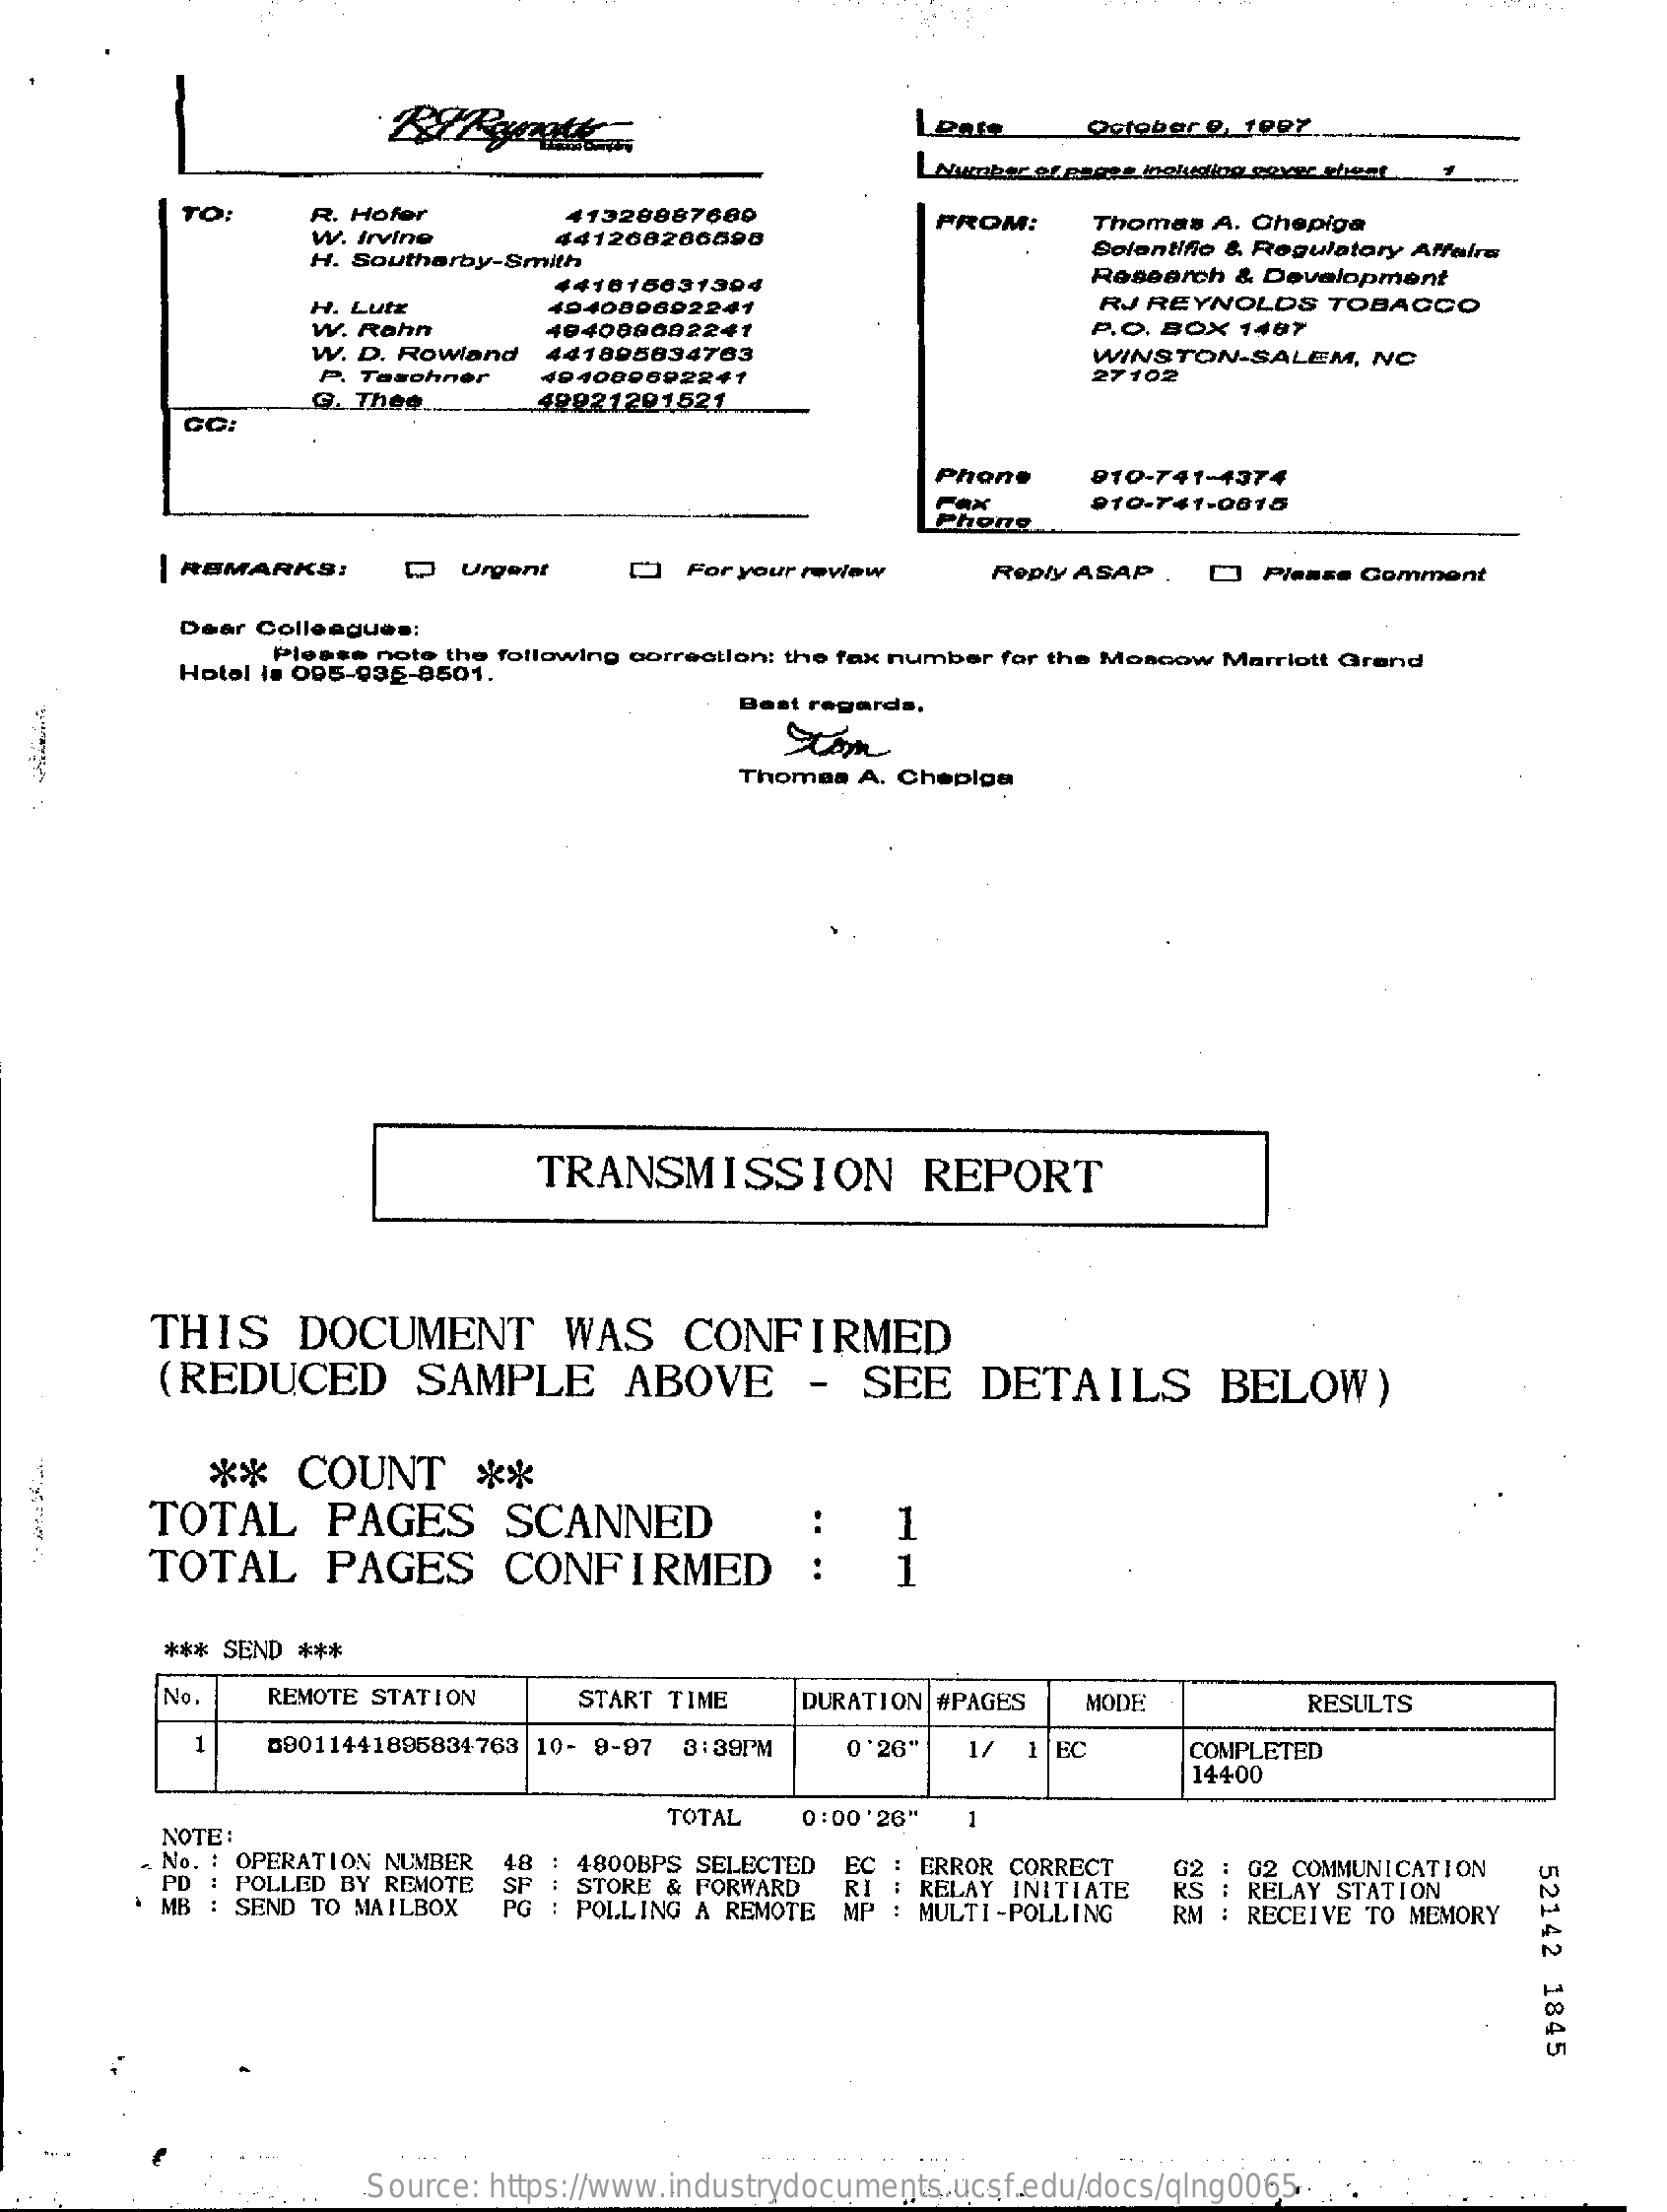
Leate    October  9, 102Z.
     LNumber er pages including cover et
     To:    R. Hofer    41328887689
     441268286598
     FROM:
     W. Irvine
     Thomas  A. Chepiga
     H. Southerby-Smith
     Scientifio & Regulatory Affairs
     441815031304    Research   & Development
     H. Lutz    494089692241    RJ REYNOLDS    TOBACCO
     W. Rahn    404089002241    P.O. BOX   1487
     W. D. Rowland    441895834763    WINSTON-SALEM,    NO
     P. Taschner    404080692241    27 102
     G. Thee.    42221221521
     Phone    910-741-4374
     Fax    910-741-0815
     Phone
     | REMARKS:    Q   Urgent    [*) For your review    Reply ASAP   .  []  Please Comment
     Dear Colleagues:
     Please note the following correction: the fax number for the Moscow  Marriott Grand Hotel i# 095-935-8501.
     Best regards,
     Thomas  A. Chepiga
     TRANSMISSION    REPORT
     THIS    DOCUMENT    WAS    CONFIRMED
     (REDUCED    SAMPLE    ABOVE    -  SEE    DETAILS    BELOW)
     **   COUNT    **
     TOTAL    PAGES    SCANNED    1
     TOTAL    PAGES    CONFIRMED    :    1
     *** SEND  ***
     No.    REMOTE STATION    START  TIME    DURATION  #PAGES    MODE    RESULTS
     1    89011441895834763  10- 9-97  3:39PM    0'26"    1/  1 EC    COMPLETED
     14400
     TOTAL
     NOTE:
     0:00'26"    1
     « No. : OPERATION NUMBER   48 : 4800BPS  SELECTED
     STORE &  FORWARD
     EC
     52142
     1845
     PD : POLLED  BY REMOTE
     MB : SEND  TO MAILBOX    : POLLING  A REMOTE
     RI
     EC : ERROR CORRECT
     RELAY INITIATE
     : G2  COMMUNICATION
     MP  : MULTI-POLLING
     RELAY  STATION
     RM : RECEIVE  TO MEMORY
     Source:  https://www.industrydocuments.ucsf.edu/docs/qlng0065